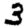
Digit: 3